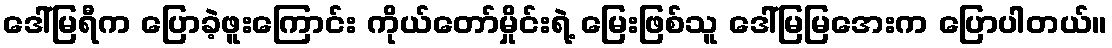
ဒေါ်မြရီက ပြောခဲ့ဖူးကြောင်း ကိုယ်တော်မှိုင်းရဲ့ မြေးဖြစ်သူ ဒေါ်မြမြအေးက ပြောပါတယ်။